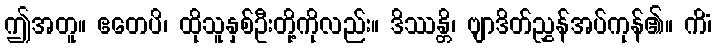
ဤအတူ။ ဧတေပိ၊ ထိုသူနှစ်ဦးတို့ကိုလည်း။ ဒိဿန္တိ၊ ဗျာဒိတ်ညွှန်အပ်ကုန်၏။ ကိံ၊